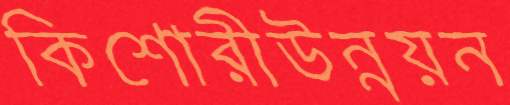
কিশোরীউন্নয়ন